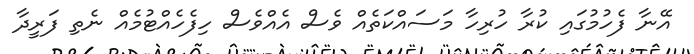
އޭނާ ފެހުމުގައި ކުރާ ހުރިހާ މަސައްކަތެއް ވެސް އެެއްވެސް ހިފެހެއްޓުމެއް ނެތި ފަރީދާ